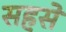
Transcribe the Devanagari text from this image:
सहसे